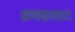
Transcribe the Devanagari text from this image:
ढणढणाट